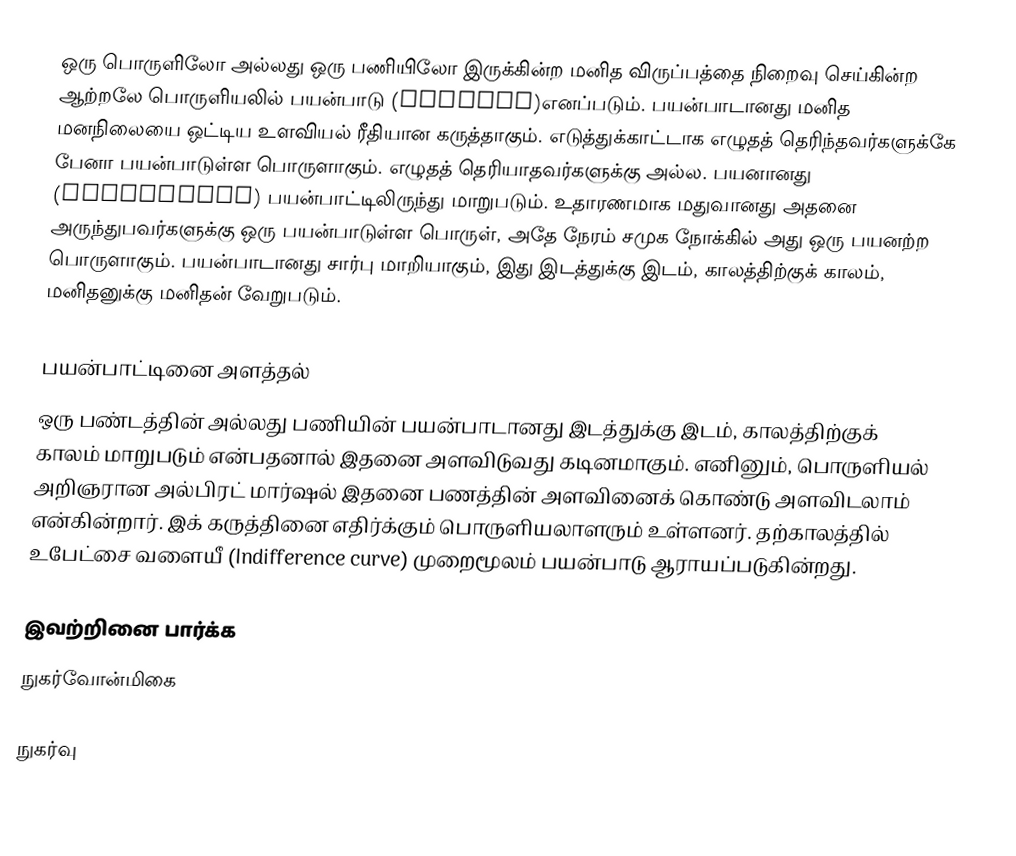
ஒரு பொருளிலோ அல்லது ஒரு பணியிலோ இருக்கின்ற மனித விருப்பத்தை நிறைவு செய்கின்ற ஆற்றலே பொருளியலில் பயன்பாடு (Utility)எனப்படும். பயன்பாடானது மனித மனநிலையை ஒட்டிய உளவியல் ரீதியான கருத்தாகும். எடுத்துக்காட்டாக எழுதத் தெரிந்தவர்களுக்கே பேனா பயன்பாடுள்ள பொருளாகும். எழுதத் தெரியாதவர்களுக்கு அல்ல. பயனானது (Usefulness) பயன்பாட்டிலிருந்து மாறுபடும். உதாரணமாக மதுவானது அதனை அருந்துபவர்களுக்கு ஒரு பயன்பாடுள்ள பொருள், அதே நேரம் சமுக நோக்கில் அது ஒரு பயனற்ற பொருளாகும். பயன்பாடானது சார்பு மாறியாகும், இது இடத்துக்கு இடம், காலத்திற்குக் காலம், மனிதனுக்கு மனிதன் வேறுபடும்.

பயன்பாட்டினை அளத்தல்
ஒரு பண்டத்தின் அல்லது பணியின் பயன்பாடானது இடத்துக்கு இடம், காலத்திற்குக் காலம் மாறுபடும் என்பதனால் இதனை அளவிடுவது கடினமாகும். எனினும், பொருளியல் அறிஞரான அல்பிரட் மார்ஷல் இதனை பணத்தின் அளவினைக் கொண்டு அளவிடலாம் என்கின்றார். இக் கருத்தினை எதிர்க்கும் பொருளியலாளரும் உள்ளனர். தற்காலத்தில் உபேட்சை வளையீ (Indifference curve) முறைமூலம் பயன்பாடு ஆராயப்படுகின்றது.

இவற்றினை பார்க்க
 நுகர்வோன்மிகை

நுகர்வு